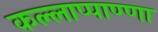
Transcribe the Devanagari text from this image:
कल्लाप्पाण्णा